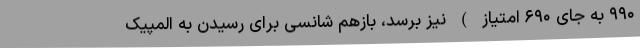
۹۹۰ به جای ۶۹۰ امتیاز ) نیز برسد، بازهم شانسی برای رسیدن به المپیک